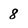
Character: 8